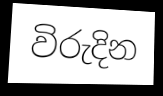
විරුදින